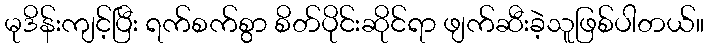
မုဒိန်းကျင့်ပြီး ရက်စက်စွာ စိတ်ပိုင်းဆိုင်ရာ ဖျက်ဆီးခဲ့သူဖြစ်ပါတယ်။